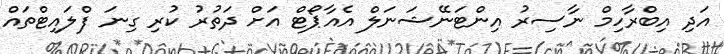
އަދި އިބްރާހިމް ނާސިރު އިންޓަނޭޝަނަލް އެއާޕޯޓް އަށް ދަތުރު ކުރި ގިނަ ފްލައިޓްތައް